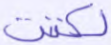
لكنت